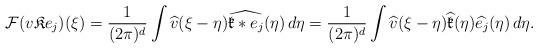
LaTeX: \begin{align*} \mathcal F ( v \mathfrak K e_j )(\xi) = \frac{1}{(2\pi)^d} \int \widehat v(\xi-\eta) \widehat{\mathfrak k * e_j}(\eta) \, d\eta = \frac{1}{(2\pi)^d} \int \widehat v(\xi-\eta) \widehat{\mathfrak k}(\eta) \widehat{e_j}(\eta) \, d\eta.\end{align*}